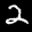
Label: 2